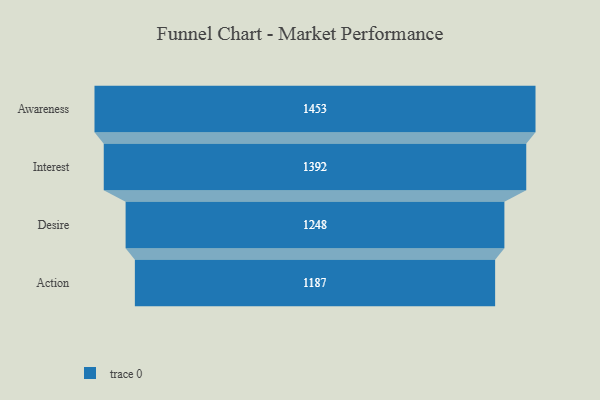
{"axis": {"x": "Stage", "y": "Value"}, "legend": [""], "data": [{"x": "Awareness", "y": 1453.0, "type": ""}, {"x": "Interest", "y": 1392.0, "type": ""}, {"x": "Desire", "y": 1248.0, "type": ""}, {"x": "Action", "y": 1187.0, "type": ""}]}